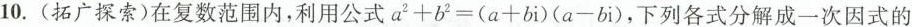
10. (拓广探索)在复数范围内，利用公式$$a ^ { 2 } + b ^ { 2 } = ( a + b i ) ( a - b i )$$，下列各式分解成一次因式的